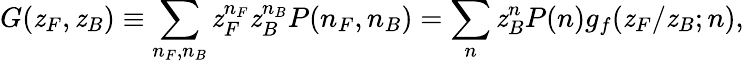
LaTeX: G(\mathit{z}_{F},\mathit{z}_{B})\equiv\sum_{n_{F},n_{B}}\mathit{z}_{F}^{n_{F}}\mathit{z}_{B}^{n_{B}}P(n_{F},n_{B})=\sum_{n}\mathit{z}_{B}^{n}P(n)g_{f}(\mathit{z}_{F}/\mathit{z}_{B};n),